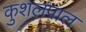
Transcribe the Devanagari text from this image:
कुशलपाल